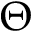
\Theta